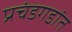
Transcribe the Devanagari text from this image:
प्रचंडगडांत